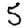
Digit: 5